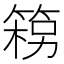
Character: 𮅦